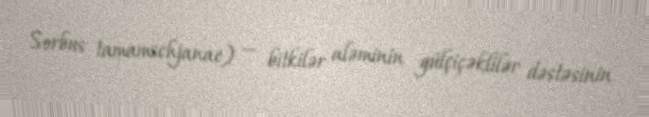
Sorbus tamamschjanae) — bitkilər aləminin gülçiçəklilər dəstəsinin